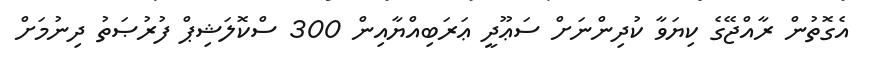
އެގޮތުން ރާއްޖޭގެ ކިޔަވާ ކުދިންނަށް ސަޢޫދީ ޢަރަބިއްޔާއިން 300 ސްކޮލަޝިޕް ފުރުޞަތު ދިނުމަށް